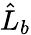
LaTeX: \hat{L}_{b}